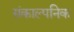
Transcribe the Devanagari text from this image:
संकाल्पनिक